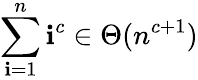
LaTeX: \sum_{\mathbf{i}=1}^{n}\mathbf{i}^{c}\in\Theta(n^{c+1})